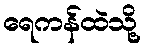
ရေကန်ထဲသို့